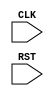
module TOP(CLK, RST);
  input CLK, RST;
  reg [7:0] cnt;
  always @(posedge CLK) begin
    if(RST) begin
      cnt <= 0;
    end else begin
      casex(cnt)
        'b00: begin
          cnt <= cnt + 1;
        end
        'b1x: begin
          cnt <= 0;
        end
        default: begin
          cnt <= cnt + 1;
        end
      endcase
    end
  end
endmodule